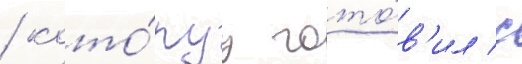
/ кото́руу гото́в'ил с